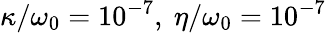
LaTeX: \kappa/\omega_{0}=10^{-7},\ \eta/\omega_{0}=10^{-7}